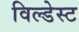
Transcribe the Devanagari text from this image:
विल्डेस्ट